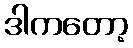
ဒါကတော့